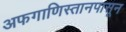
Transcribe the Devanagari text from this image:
अफगाणिस्तानपासून